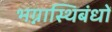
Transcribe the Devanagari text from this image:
भग्नास्थिबंधों